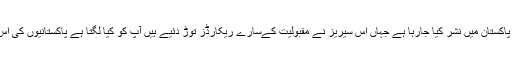
میزبان نے کہا’’دیریلش ارطغرل‘‘کو اردو میں ڈب کرکے پاکستان میں نشر کیا جارہا ہے جہاں اس سیریز نے مقبولیت کےسارے ریکارڈز توڑ دئیے ہیں آپ کو کیا لگتا ہے پاکستانیوں کی اس سیریز کو اتنا زیادہ پسند کرنے کی کیا وجہ ہوسکتی ہے؟